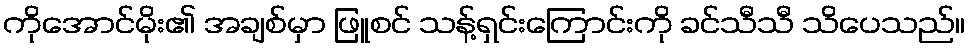
ကိုအောင်မိုး၏ အချစ်မှာ ဖြူစင် သန့်ရှင်းကြောင်းကို ခင်သီသီ သိပေသည်။